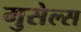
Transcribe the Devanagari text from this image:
मुसेल्स